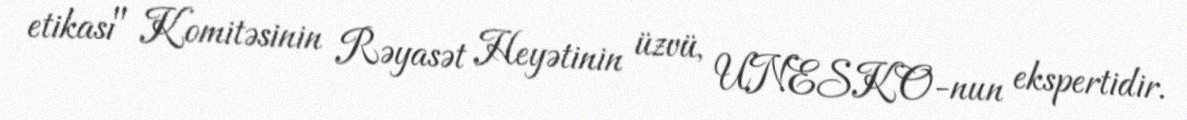
etikası" Komitəsinin Rəyasət Heyətinin üzvü, UNESKO-nun ekspertidir.